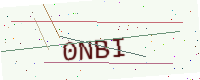
Text: 0NBI